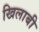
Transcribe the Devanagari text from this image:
खिलाबी